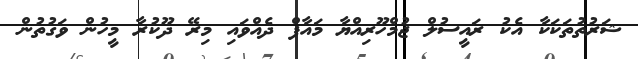
ޝަރުތުތަކަކާ އެކު ރައީސުލް ޖުމްހޫރިއްޔާ މައާފް ދެއްވައި މިރޭ ދޫކުރާ މީހުން ވަގުތުން